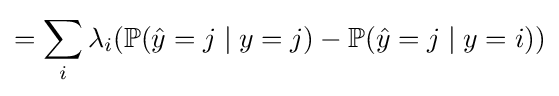
=\sum _{i}\lambda _{i}(\mathbb {P} ({\hat {y}}=j\mid y=j)-\mathbb {P} ({\hat {y}}=j\mid y=i))